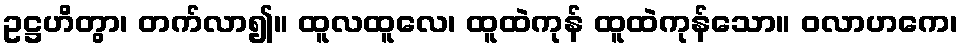
ဥဋ္ဌဟိတွာ၊ တက်လာ၍။ ထူလထူလေ၊ ထူထဲကုန် ထူထဲကုန်သော။ ဝလာဟကေ၊